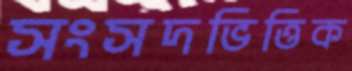
সংসদভিত্তিক